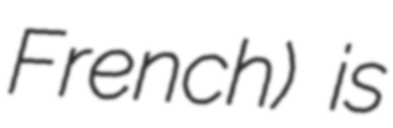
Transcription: French) is